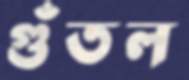
গুঁতল